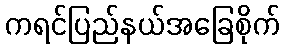
ကရင်ပြည်နယ်အခြေစိုက်